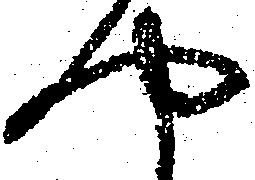
や